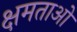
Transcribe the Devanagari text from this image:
क्षमताओ